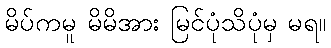
မိပ်ကမူ မိမိအား မြင်ပုံသိပုံမှ မရ။